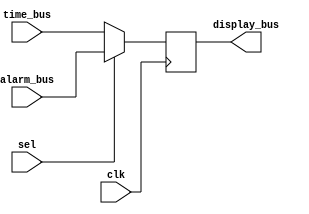
`timescale 1ns / 1ps



module display_mux(
    input clk,
    input sel,
    input [11:0] time_bus, alarm_bus,
    output reg [11:0] display_bus
    );
    
always @(posedge clk)begin
    if(sel)begin
         display_bus = alarm_bus;    
    end
    else display_bus <= time_bus;
end       
endmodule